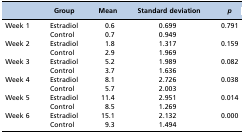
<table><thead><tr><td></td><td><b>Group</b></td><td><b>Mean</b></td><td><b>Standard deviation</b></td><td><b><i>p</i></b></td></tr></thead><tbody><tr><td rowspan="2">Week 1</td><td>Estradiol</td><td>0.6</td><td>0.699</td><td rowspan="2">0.791</td></tr><tr><td></td><td>Control</td><td>0.7</td><td>0.949</td></tr><tr><td rowspan="2">Week 2</td><td>Estradiol</td><td>1.8</td><td>1.317</td><td rowspan="2">0.159</td></tr><tr><td></td><td>Control</td><td>2.9</td><td>1.969</td></tr><tr><td rowspan="2">Week 3</td><td>Estradiol</td><td>5.2</td><td>1.989</td><td rowspan="2">0.082</td></tr><tr><td></td><td>Control</td><td>3.7</td><td>1.636</td></tr><tr><td rowspan="2">Week 4</td><td>Estradiol</td><td>8.1</td><td>2.726</td><td rowspan="2">0.038</td></tr><tr><td></td><td>Control</td><td>5.7</td><td>2.003</td></tr><tr><td rowspan="2">Week 5</td><td>Estradiol</td><td>11.4</td><td>2.951</td><td rowspan="2">0.014</td></tr><tr><td></td><td>Control</td><td>8.5</td><td>1.269</td></tr><tr><td rowspan="2">Week 6</td><td>Estradiol</td><td>15.1</td><td>2.132</td><td rowspan="2">0.000</td></tr><tr><td></td><td>Control</td><td>9.3</td><td>1.494</td></tr></tbody></table>